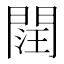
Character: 䦞